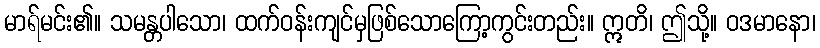
မာရ်မင်း၏။ သမန္တပါသော၊ ထက်ဝန်းကျင်မှဖြစ်သောကြော့ကွင်းတည်း။ ဣတိ၊ ဤသို့။ ဝဒမာနော၊